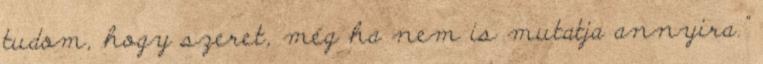
tudom, hogy szeret, még ha nem is mutatja annyira."